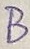
Text: B